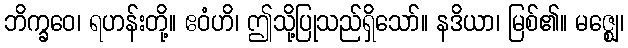
ဘိက္ခဝေ၊ ရဟန်းတို့။ ဧဝံဟိ၊ ဤသို့ပြုသည်ရှိသော်။ နဒိယာ၊ မြစ်၏။ မဇ္ဈေ၊